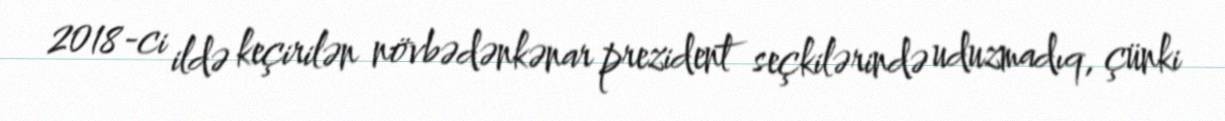
2018-ci ildə keçirilən növbədənkənar prezident seçkilərində uduzmadıq, çünki